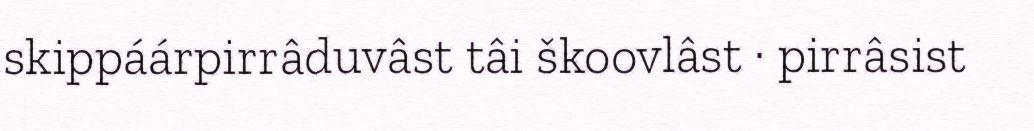
skippáárpirrâduvâst tâi škoovlâst · pirrâsist